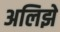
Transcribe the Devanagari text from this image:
अलिझे